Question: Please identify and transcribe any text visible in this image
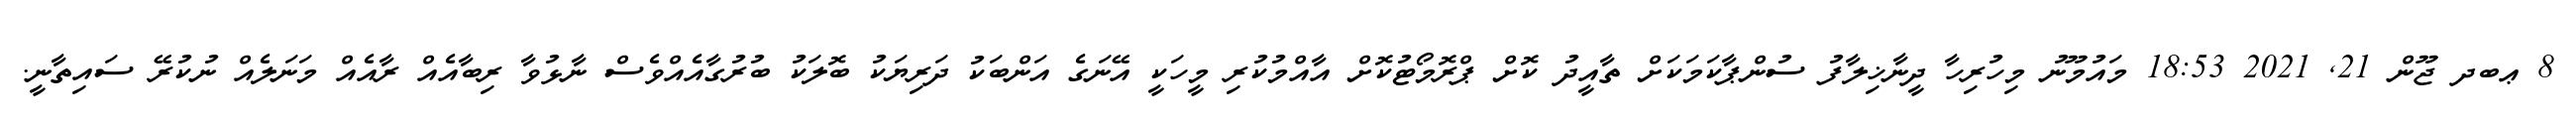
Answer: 8 ޢބދ ޖޫން 21, 2021 18:53 މައުމޫނު މިހުރިހާ ދީނާޚިލާފު ސުންޕާކަމަކަށް ތާއީދު ކޮށް ޕްރޮމޯޓުކޮށް އާއްމުކުރި މީހަކީ އޭނަގެ އަންބަކު ދަރިޔަކު ބޮލަކު ބުރުގާއެއްވެސް ނާޅުވާ ރިބާއެއް ރާއެއް މަނަލެއް ނުކުރޭ ސައިތާނީ.